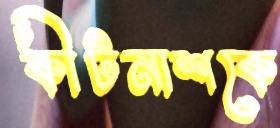
কীটনাশকে